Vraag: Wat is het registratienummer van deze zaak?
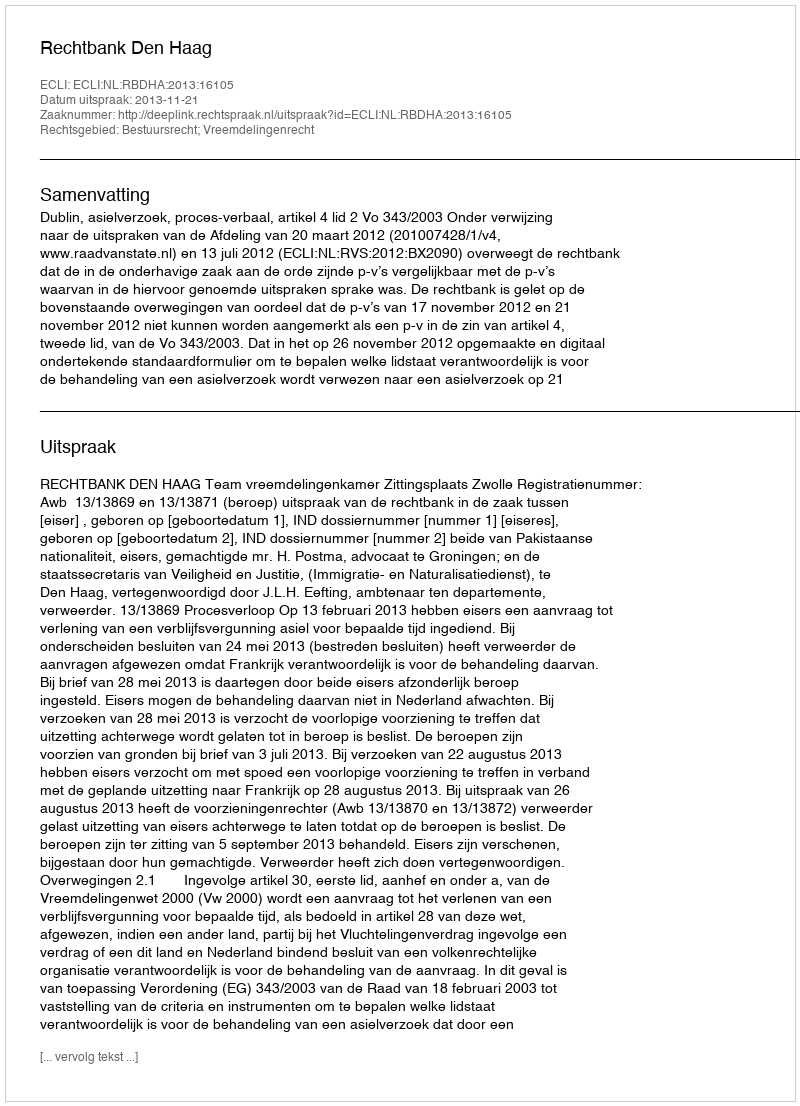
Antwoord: http://deeplink.rechtspraak.nl/uitspraak?id=ECLI:NL:RBDHA:2013:16105